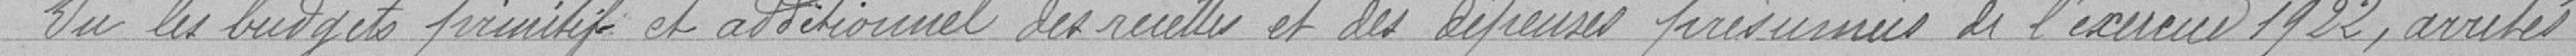
Vu les budgets primitif et additionnel des recettes et des dépenses présumées de l'exercice 1922 , arrete